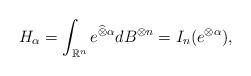
LaTeX: \begin{align*} H_{\alpha} = \int_{\mathbb{R}^n}e^{\widehat{\otimes}\alpha}dB^{\otimes n} = I_n(e^{\otimes \alpha}),\end{align*}